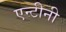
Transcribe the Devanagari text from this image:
एन्टीनी